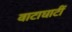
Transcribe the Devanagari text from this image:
वाटाघाटीं